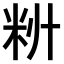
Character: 𫂷